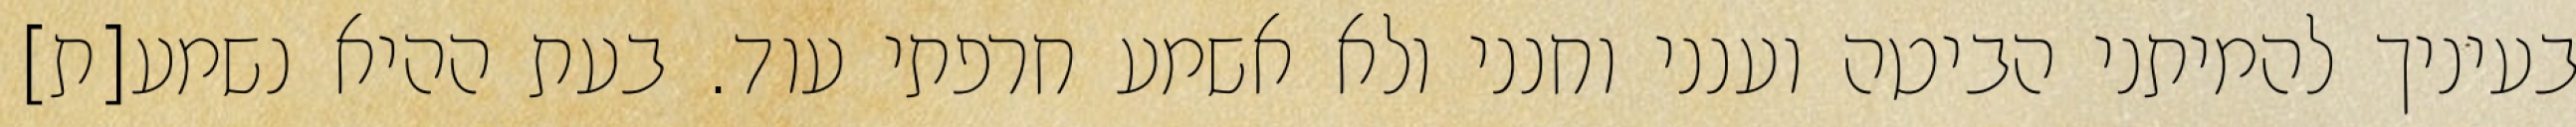
בעיניך להמיתני הביטה וענני וחנני ולא אשמע חרפתי עוד. בעת ההיא נשמע[ת]